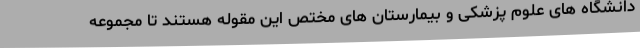
دانشگاه های علوم پزشکی و بیمارستان های مختص این مقوله هستند تا مجموعه